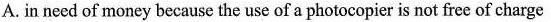
A. in need of money because the use of a photocopier is not free of charge